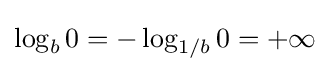
\log _{b}0=-\log _{1/b}0=+\infty